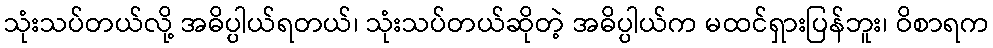
သုံးသပ်တယ်လို့ အဓိပ္ပါယ်ရတယ်၊ သုံးသပ်တယ်ဆိုတဲ့ အဓိပ္ပါယ်က မထင်ရှားပြန်ဘူး၊ ဝိစာရက